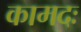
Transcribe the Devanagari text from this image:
कामदः